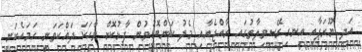
އަދި ޔޫރަޕާއި އިނގިރޭސިވިލާތުގައި ރާއްޖެއާއި މެދު ކަންބޮޑުވުން ފާޅުކޮށް ވާހަކަ ދައްކަވަނީ ހަމައެކަނި